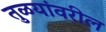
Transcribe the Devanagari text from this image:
तुळयांवरील